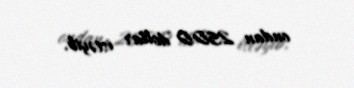
ondan 2500 dollar istəyib.